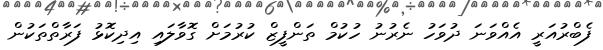
ފެބްރުއަރީ އެއްވަނަ ދުވަހު ނެރުނު ހުކުމް ތަންފީޒް ކުރުމަށް ގޮވާލައި އިދިކޮޅު ފަރާތްތަކުން